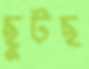
ছুটছ